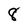
Character: 8